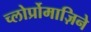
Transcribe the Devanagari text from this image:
च्लोर्प्रोमाज़िने